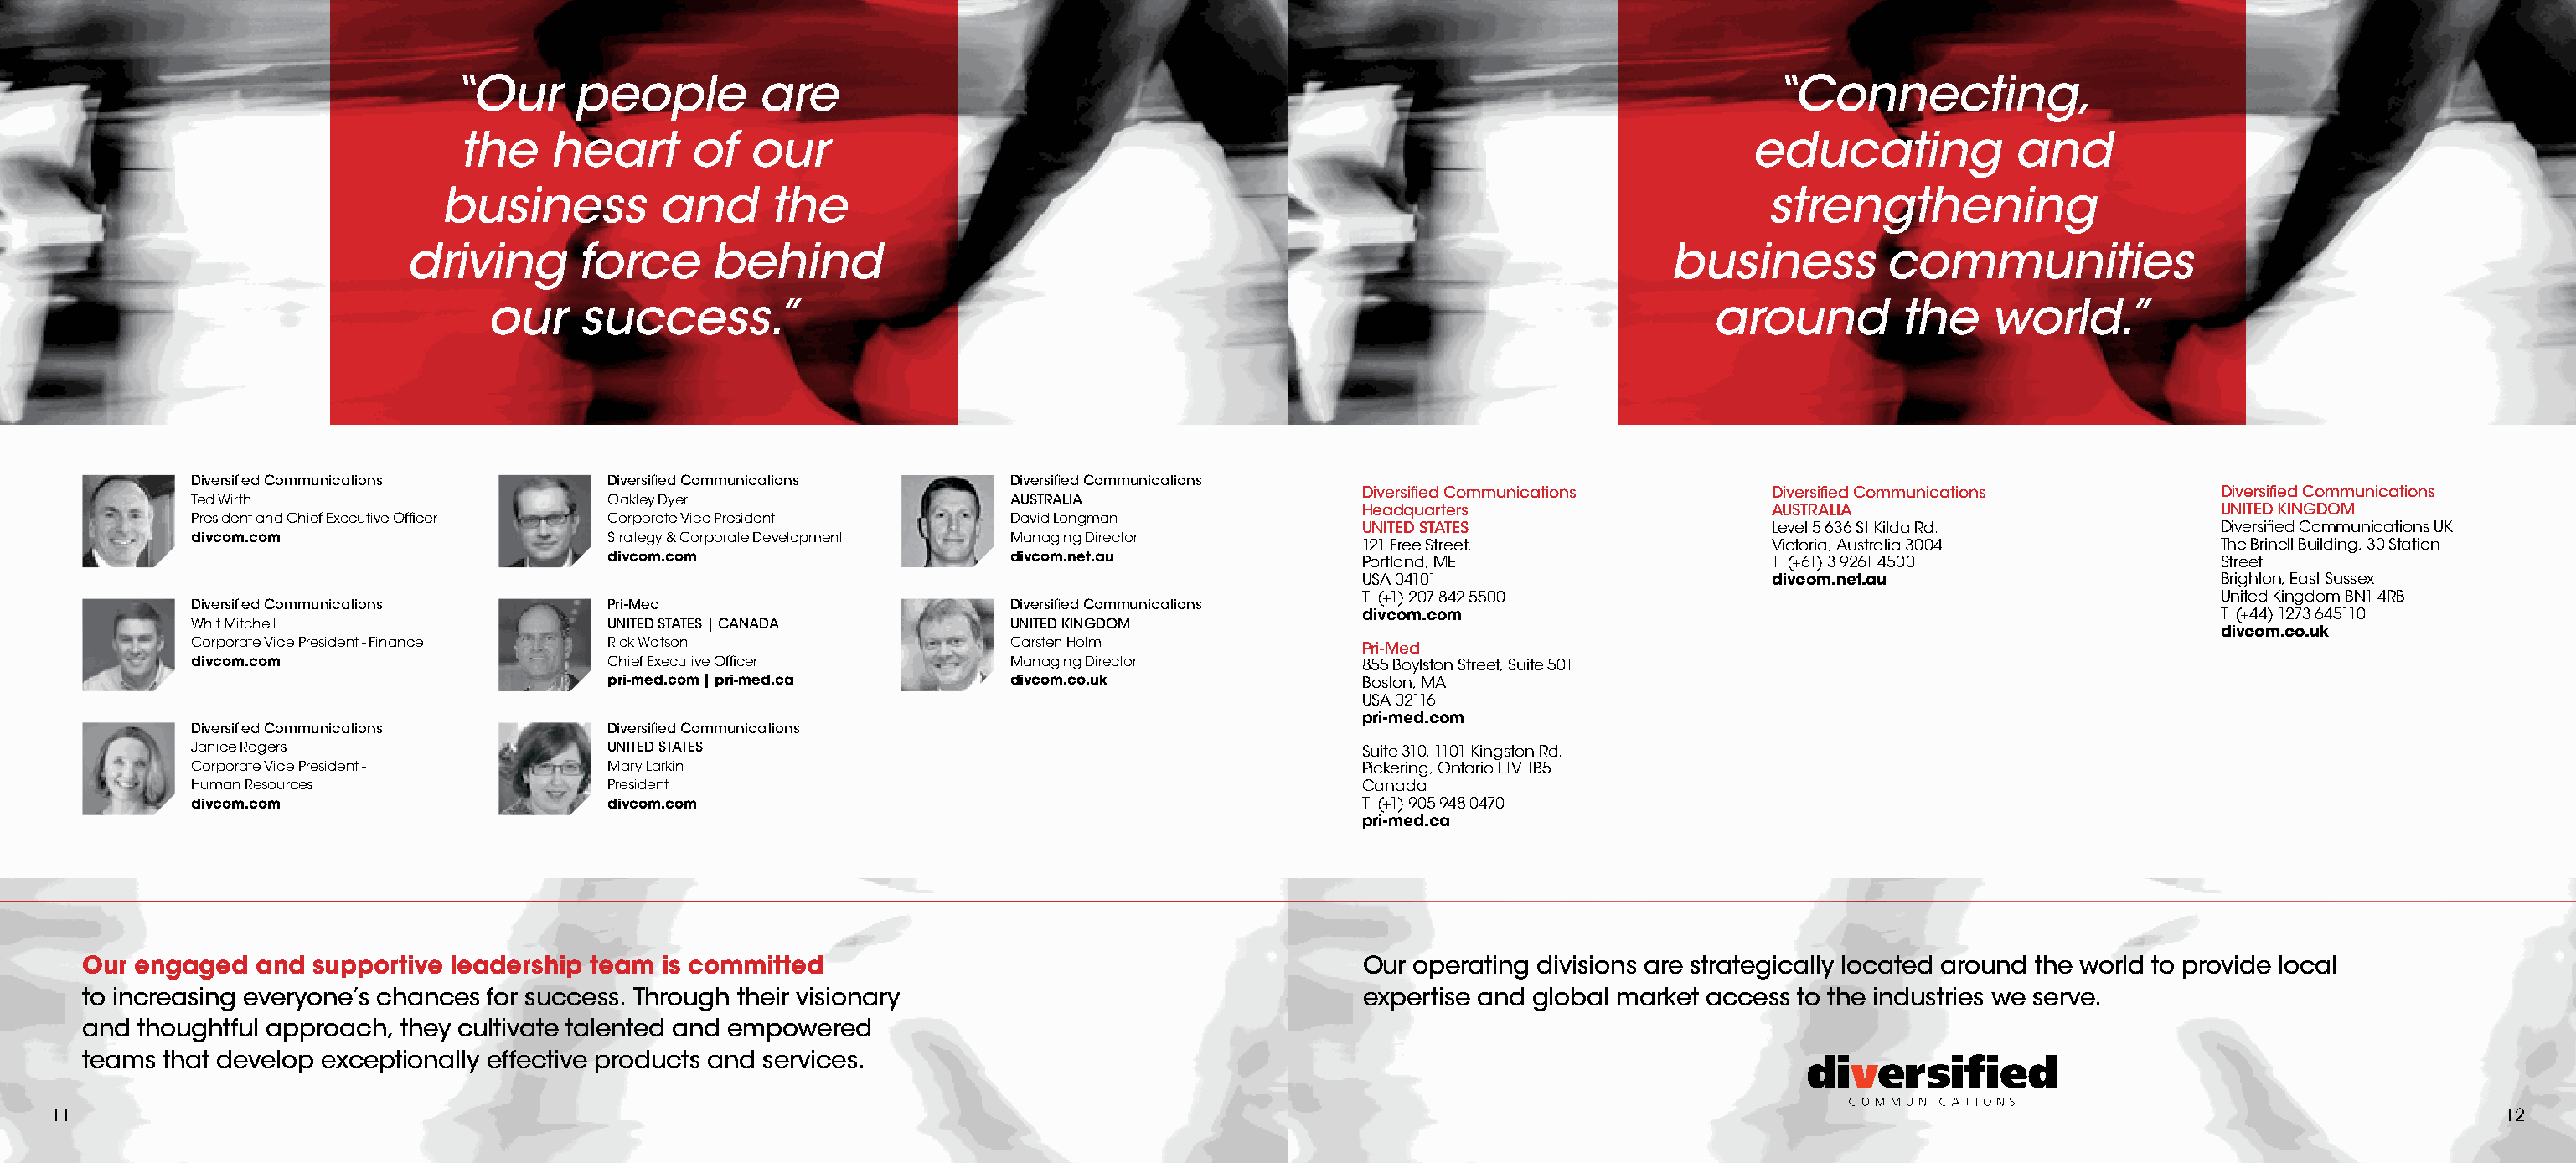
“Our     people         are                                                                             “Connecting,
 the    heart       of  our                                                                            educating            and
 business         and      the                                                                            strengthening
 driving       force     behind                                                                      business         communities
 our    success.”                                                                                around         the    world.”
 Diversified Communications       Diversified Communications      Diversified Communications
 Diversified Communications      Diversified Communications         Diversified Communications
 Ted Wirth                        Oakley Dyer                     AUSTRALIA
 Headquarters                    AUSTRALIA                          UNITED KINGDOM
 President and Chief Executive Officer Corporate Vice President - David Longman
 UNITED STATES                   Level 5 636 St Kilda Rd.           Diversified Communications UK
 divcom.com                       Strategy & Corporate Development Managing Director
 121 Free Street,                Victoria, Australia 3004           The Brinell Building, 30 Station
 divcom.com                      divcom.net.au               Portland, ME                    T (+61) 3 9261 4500                Street
 USA 04101                       divcom.net.au                      Brighton, East Sussex
 T (+1) 207 842 5500                                                United Kingdom BN1 4RB
 Diversified Communications       Pri-Med                         Diversified Communications
 divcom.com                                                         T (+44) 1273 645110
 Whit Mitchell                    UNITED STATES | CANADA          UNITED KINGDOM
 divcom.co.uk
 Corporate Vice President - Finance Rick Watson                   Carsten Holm                Pri-Med
 divcom.com                       Chief Executive Officer         Managing Director           855 Boylston Street, Suite 501
 pri-med.com | pri-med.ca        divcom.co.uk                Boston, MA
 USA 02116
 pri-med.com
 Diversified Communications       Diversified Communications
 Janice Rogers                    UNITED STATES                                               Suite 310, 1101 Kingston Rd.
 Corporate Vice President -       Mary Larkin                                                 Pickering, Ontario L1V 1B5
 Human Resources                  President                                                   Canada
 divcom.com                       divcom.com                                                  T (+1) 905 948 0470
 pri-med.ca
 Our engaged  and  supportive leadership team is committed                                            Our operating divisions are strategically located around the world to provide local
 to increasing everyone’s chances for success. Through their visionary                                expertise and global market access to the industries we serve.
 and thoughtful approach, they cultivate talented and empowered
 teams that develop exceptionally effective products and services.
 11                                                                                                                                                                                                12